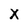
Character: X